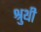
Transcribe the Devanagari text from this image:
श्रुथी